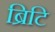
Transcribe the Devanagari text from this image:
ब्रिटि